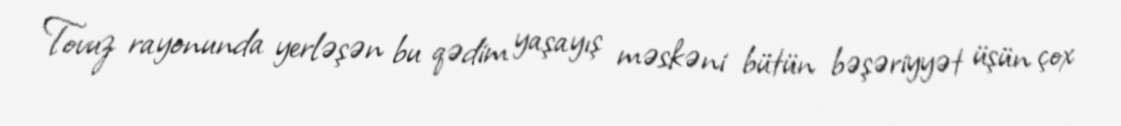
Tovuz rayonunda yerləşən bu qədim yaşayış məskəni bütün bəşəriyyət üşün çox